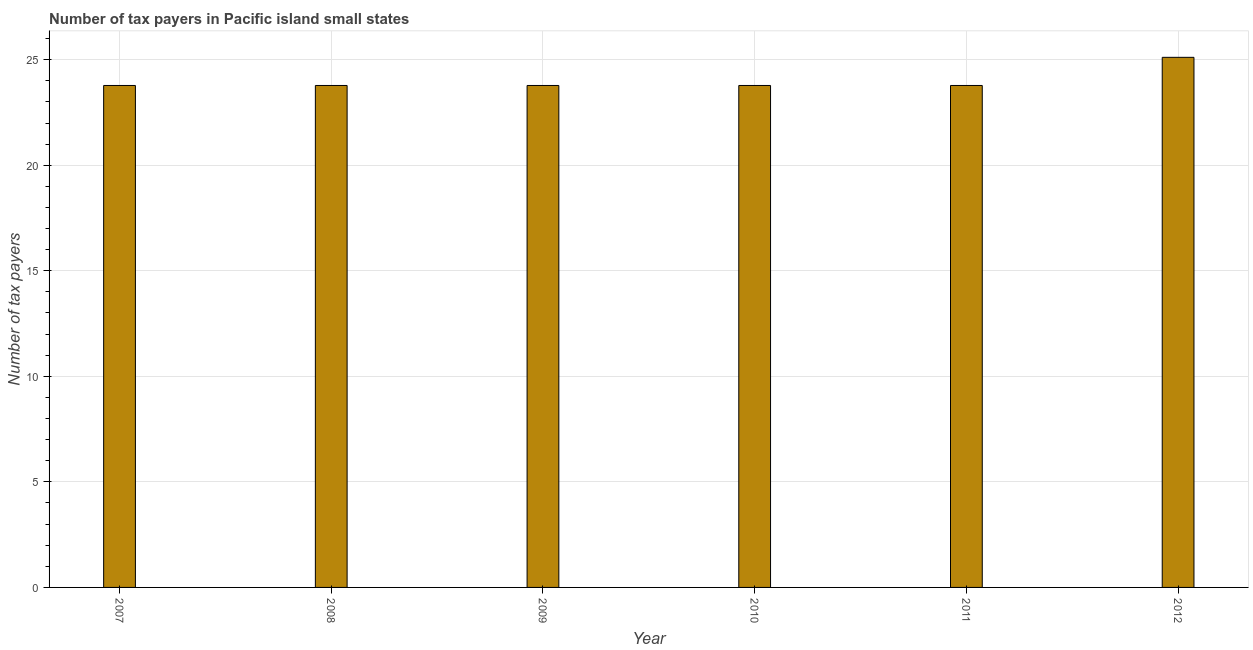
| Year | Tax payments |
 | --- | --- |
 | 2007 | 23.8 |
 | 2008 | 23.8 |
 | 2009 | 23.8 |
 | 2010 | 23.8 |
 | 2011 | 23.8 |
 | 2012 | 25.1 |